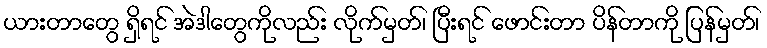
ယားတာတွေ ရှိရင် အဲဒါတွေကိုလည်း လိုက်မှတ်၊ ပြီးရင် ဖောင်းတာ ပိန်တာကို ပြန်မှတ်၊